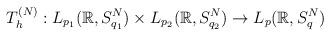
LaTeX: \begin{align*}T_h^{(N)}: L_{p_1}(\mathbb{R}, S_{q_1}^N ) \times L_{p_2}(\mathbb{R}, S_{q_2}^N ) \rightarrow L_{p}(\mathbb{R}, S_{q}^N )\end{align*}